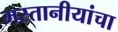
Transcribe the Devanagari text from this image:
मस्तानीयांचा